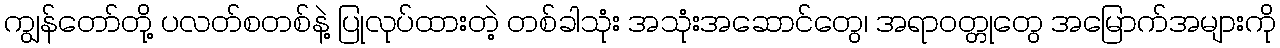
ကျွန်တော်တို့ ပလတ်စတစ်နဲ့ ပြုလုပ်ထားတဲ့ တစ်ခါသုံး အသုံးအဆောင်တွေ၊ အရာဝတ္တုတွေ အမြောက်အများကို